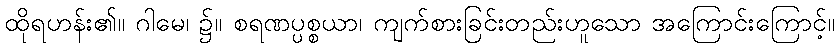
ထိုရဟန်း၏။ ဂါမေ၊ ၌။ စရဏပ္ပစ္စယာ၊ ကျက်စားခြင်းတည်းဟူသော အကြောင်းကြောင့်။